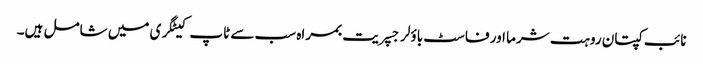
نائب کپتان روہت شرما اور فاسٹ باؤلر جسپریت بمراہ سب سے ٹاپ کیٹگری میں شامل ہیں۔